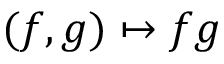
( f , g ) \mapsto f g